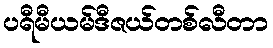
ပရီမီယမ်ဒီဇယ်တစ်လီတာ